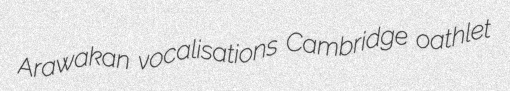
Arawakan vocalisations Cambridge oathlet